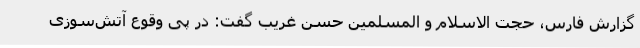
گزارش فارس، حجت الاسلام و المسلمین حسن غریب گفت: در پی وقوع آتش‌سوزی